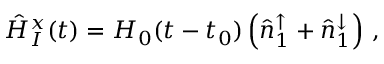
\begin{array} { r } { \hat { H } _ { I } ^ { x } ( t ) = H _ { 0 } ( t - t _ { 0 } ) \left( \hat { n } _ { 1 } ^ { \uparrow } + \hat { n } _ { 1 } ^ { \downarrow } \right) \, , } \end{array}